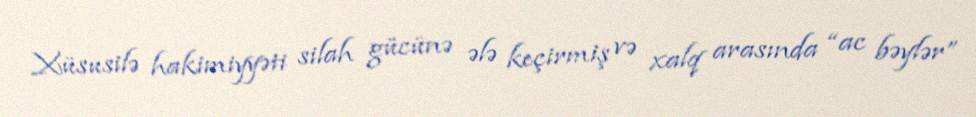
Xüsusilə hakimiyyəti silah gücünə ələ keçirmiş və xalq arasında “ac bəylər”